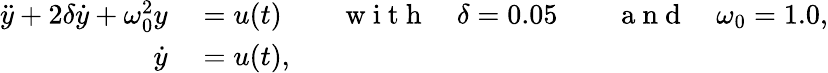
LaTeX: \begin{array}{rl}{\ddot{y}+2\delta\dot{y}+\omega_{0}^{2}y}&{{}=u(t)\qquad\mathrm{~w~i~t~h~}\quad\delta=0.05\qquad\mathrm{~a~n~d~}\quad\omega_{0}=1.0,}\\ {\dot{y}}&{{}=u(t),}\end{array}